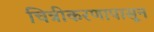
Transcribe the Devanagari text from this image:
चित्रीकरणापासून